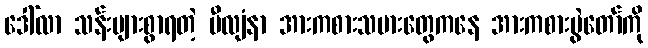
ဒေါ်လာ သန်းများစွာရတဲ့ မီလျံနာ အားကစားသမားတွေကနေ အားကစားပွဲတော်ကို